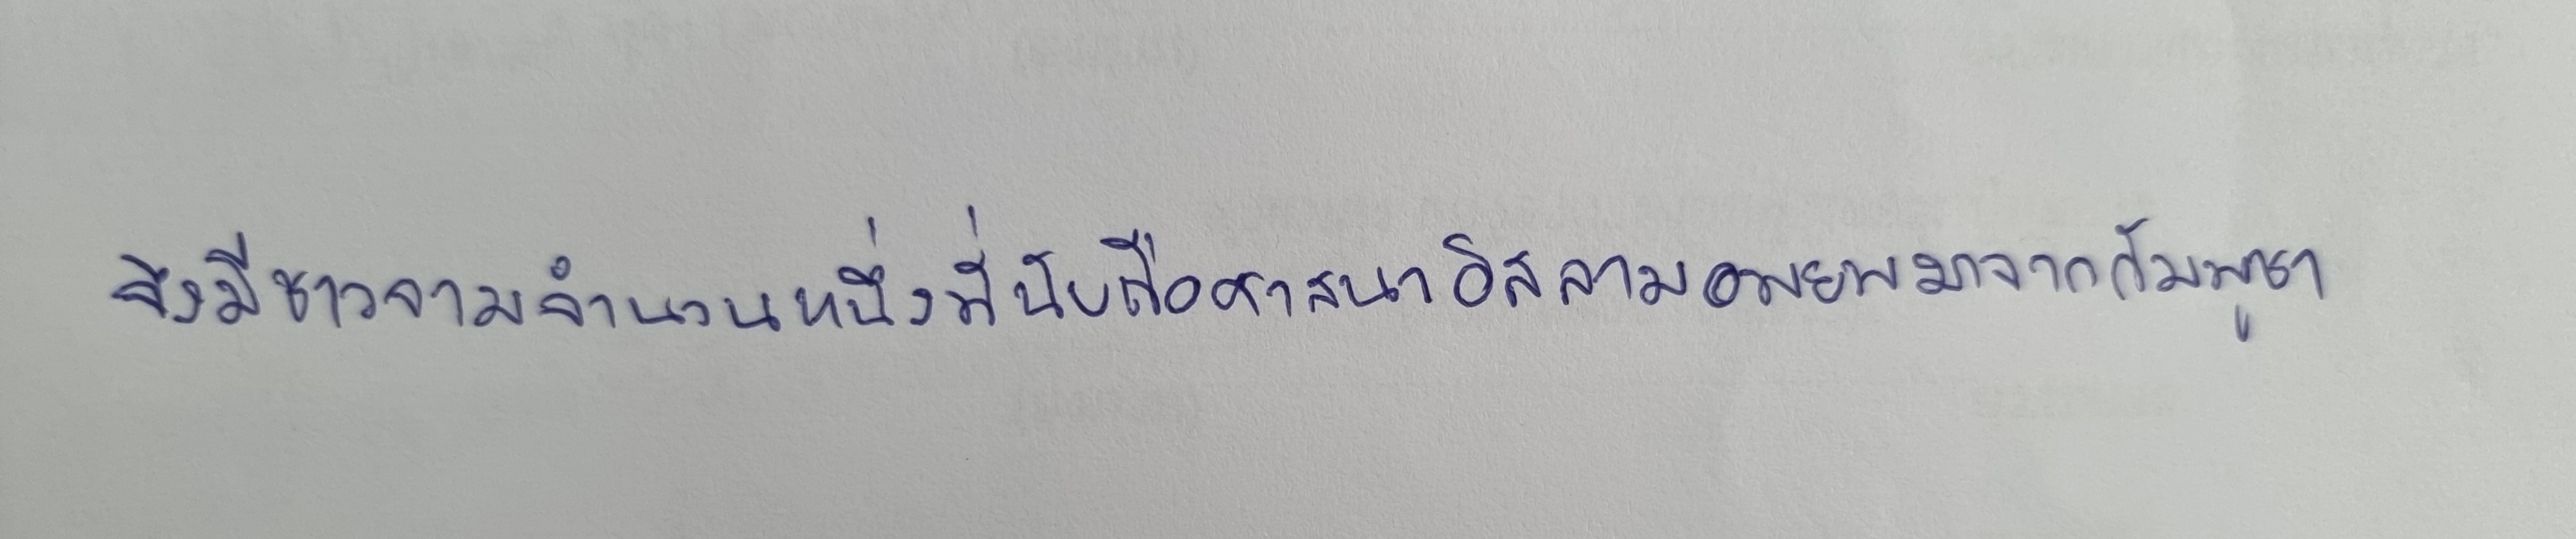
จึงมีชาวจามจำนวนหนึ่งที่นับถือศาสนาอิสลามอพยพมาจากกัมพูชา